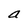
Character: a